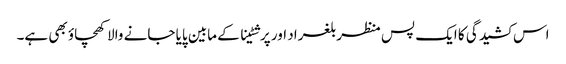
اس کشیدگی کا ایک پس منظر بلغراد اور پرشٹینا کے مابین پایا جانے والا کھچاؤ بھی ہے۔